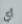
أي